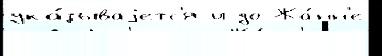
ука́зываjетс'я и до Жа́нн'е